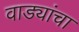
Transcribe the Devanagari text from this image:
वाड्यांचा